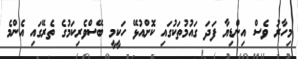
މިހާރު ވެސް އިންޑިޔާ ފަދަ ގައުމުތަކުގައި ކޮށްއުޅޭ ހަކީމީ ބޭސްވެރިކަމުގެ ތެރޭގައި އެންމެ